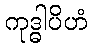
ကုဒ္ဓါပိဟံ